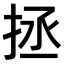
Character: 拯